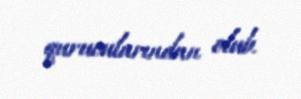
qurucularından olub.